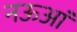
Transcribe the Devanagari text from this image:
नऊआं